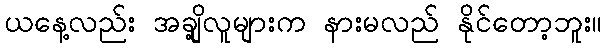
ယနေ့လည်း အချို့လူများက နားမလည် နိုင်တော့ဘူး။